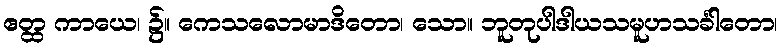
ဧတ္ထ ကာယေ၊ ၌။ ကေသလောမာဒိတော၊ သော။ ဘူတုပါဒါယသမူဟသင်္ခါတော၊